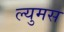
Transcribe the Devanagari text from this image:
ल्युमस